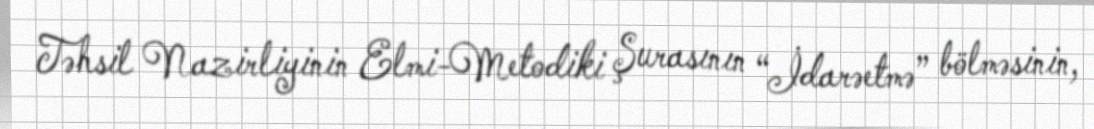
Təhsil Nazirliyinin Elmi-Metodiki Şurasının “İdarəetmə” bölməsinin,